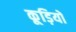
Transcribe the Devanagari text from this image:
कूड़ियों